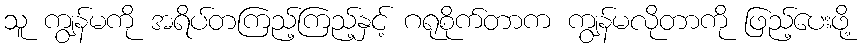
သူ ကျွန်မကို အရိပ်တကြည့်ကြည့်နှင့် ဂရုစိုက်တာက ကျွန်မလိုတာကို ဖြည့်ပေးဖို့